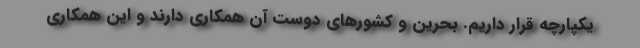
یکپارچه قرار داریم. بحرین و کشورهای دوست آن همکاری دارند و این همکاری